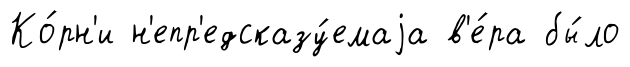
Ко́рн'и н'епр'едсказу́емаjа в'е́ра бы́ло